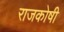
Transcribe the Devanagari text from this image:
राजकोषी